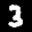
Label: 3